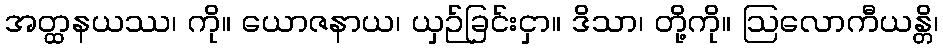
အတ္ထနယဿ၊ ကို။ ယောဇနာယ၊ ယှဉ်ခြင်းငှာ။ ဒိသာ၊ တို့ကို။ ဩလောကီယန္တိ၊